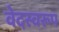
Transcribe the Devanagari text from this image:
वेदस्वरूप